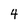
Character: 4